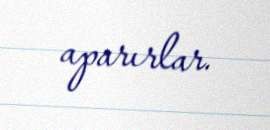
aparırlar.